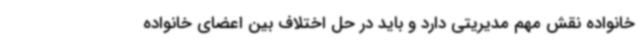
خانواده نقش مهم مدیریتی دارد و باید در حل اختلاف بین اعضای خانواده